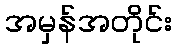
အမှန်အတိုင်း